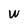
Character: W